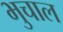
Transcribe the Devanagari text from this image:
भुचाल